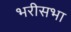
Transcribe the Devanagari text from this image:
भरीसभा